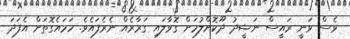
ވެސް ވަނީ ރައީސް ނަޝީދު ދޫކޮށްލުމަށް ގޮވާލައި ގަރާރެއް ނެރެފައެވެ. ހަމައެގޮތަށް އެފަދަ